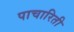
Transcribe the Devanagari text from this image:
पाचारिती